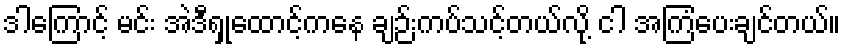
ဒါကြောင့် မင်း အဲဒီရှုထောင့်ကနေ ချဉ်းကပ်သင့်တယ်လို့ ငါ အကြံပေးချင်တယ်။